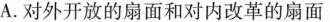
A.对外开放的扇面和对内改革的扇面